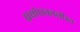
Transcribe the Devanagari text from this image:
प्रक्षेपकातील